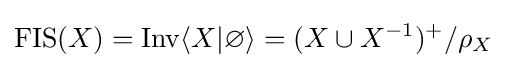
\mathrm {FIS} (X)=\mathrm {Inv} \langle X|\varnothing \rangle =({X\cup X^{-1}})^{+}/\rho _{X}